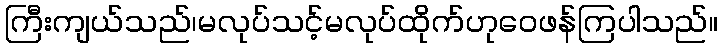
ကြီးကျယ်သည်၊မလုပ်သင့်မလုပ်ထိုက်ဟုဝေဖန်ကြပါသည်။